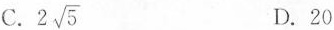
C. 2 \sqrt{5} D.20